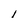
Character: l